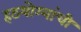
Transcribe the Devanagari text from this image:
हठयोग्यांची